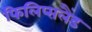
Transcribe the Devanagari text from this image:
फिलिप्सलैंड